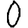
Digit: 0